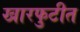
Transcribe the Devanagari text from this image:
खारफुटीत